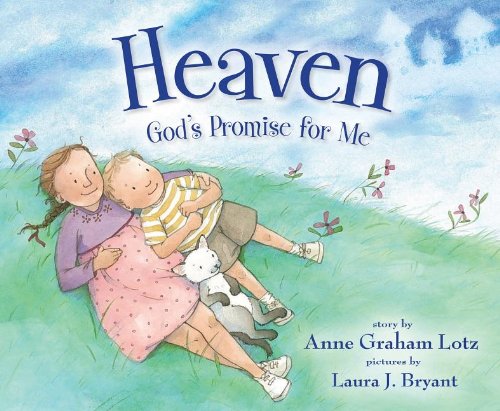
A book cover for Heaven God's Promise for Me; Anne Graham Lotz; Christian Books & Bibles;